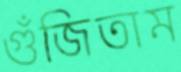
গুঁজিতাম